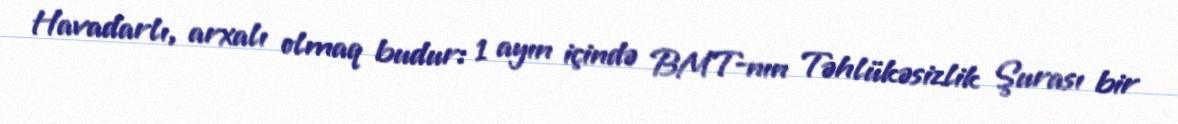
Havadarlı, arxalı olmaq budur: 1 ayın içində BMT-nın Təhlükəsizlik Şurası bir